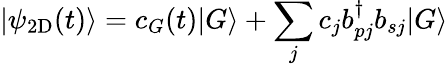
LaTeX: |\psi_{\mathrm{2D}}(t)\rangle=c_{G}(t)|G\rangle+\sum_{j}c_{j}b_{pj}^{\dagger}b_{sj}|G\rangle